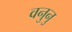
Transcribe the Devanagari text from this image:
वनुनु